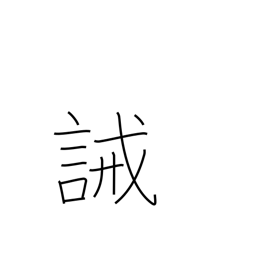
Meaning: prohibit